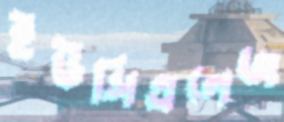
ইউসিএলেজ